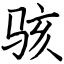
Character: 骇